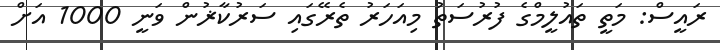
ރައީސް: މަތީ ތައުލީމްގެ ފުރުސަތު މިއަހަރު ތެރޭގައި ސަރުކާޜުން ވަނީ 1000 އަށް